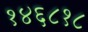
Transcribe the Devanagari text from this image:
१४६८१८